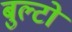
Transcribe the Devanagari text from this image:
बुल्टो